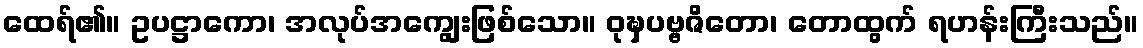
ထေရ်၏။ ဥပဋ္ဌာကော၊ အလုပ်အကျွေးဖြစ်သော။ ဝုဍ္ဎှပဗ္ဗဇိတော၊ တောထွက် ရဟန်းကြီးသည်။